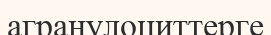
агранулоциттерге